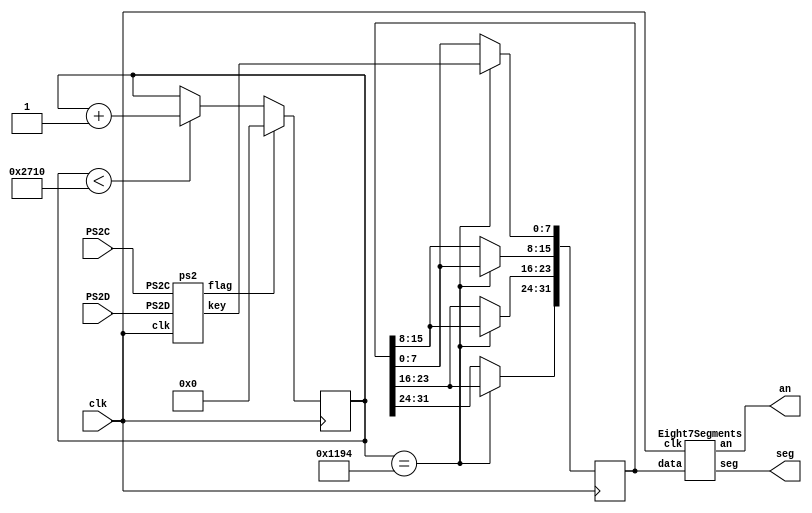
`timescale 1 ns/10 ps

module Keyboard(
	input  wire       clk,
	input  wire       PS2C,
	input  wire       PS2D,
	output wire [6:0] seg,
	output wire [7:0] an
);

  reg [31:0] data;
	reg [31:0] hold;

  wire [7:0] key;
	wire       flag;

  initial begin
    data <= 0;
		hold <= 0;
  end

  ps2 keyboard ( clk, PS2C, PS2D, flag, key );
  Eight7Segments e7s ( clk, data, seg, an );

  always @ ( posedge clk ) begin
		if ( flag ) begin
			hold <= 0;
		end else begin
			if ( hold < 10000 ) hold <= hold + 1;
		end
		if ( hold == 4500 ) begin
	    data [31:24] <= data [23:16];
	    data [23:16] <= data [15:8];
	    data [15: 8] <= data [7:0];
	    data [ 7: 0] <= key;
		end
  end

endmodule

module ps2 (
	input  wire       clk,
	input  wire       PS2C,
	input  wire       PS2D,
	output reg        flag,
	output reg  [7:0] key
);

	reg [ 3:0] counter;
	reg [ 7:0] data_curr;
	reg        error;
	reg        parity;
	reg        pre_clk;
	reg [11:0] ticks;

	initial begin
	  counter   = 4'h1;
	  data_curr = 8'hF0;
	  error     = 1'd0;
	  flag      = 1'b0;
	  key       = 8'hF0;
	  parity    = 1'b1;
	  pre_clk   = 1'b0;
	  ticks     = 12'd0;
	end

	// FSM
	always @ ( posedge clk ) begin
	  ticks = ticks + 12'd1;
	  if ( ticks >= 4000 ) begin
	    ticks = 12'd0;
	    if (( ~PS2C ) && pre_clk ) begin
	      case ( counter )
	         1:;
	         2: begin data_curr [0] <= PS2D; parity <= parity ^ PS2D; end
	         3: begin data_curr [1] <= PS2D; parity <= parity ^ PS2D; end
	         4: begin data_curr [2] <= PS2D; parity <= parity ^ PS2D; end
	         5: begin data_curr [3] <= PS2D; parity <= parity ^ PS2D; end
	         6: begin data_curr [4] <= PS2D; parity <= parity ^ PS2D; end
	         7: begin data_curr [5] <= PS2D; parity <= parity ^ PS2D; end
	         8: begin data_curr [6] <= PS2D; parity <= parity ^ PS2D; end
	         9: begin data_curr [7] <= PS2D; parity <= parity ^ PS2D; end
	        10: begin flag = 1'b1; if ( parity != PS2D ) error <= 1; end
	        11: if ( ~error ) flag = 1'b0;
	      endcase
	      if (( counter == 1 ) && ( ~PS2D )) begin
	        counter <= 4'd2;
	        parity <= 1;
	        error <= 0;
	      end else if (( counter >= 2 ) && ( counter < 11 ))
	        counter <= counter + 4'h1;
	      else
				counter <= 4'h1;
	    end
	    pre_clk <= PS2C;
	  end
	end

	always @ ( negedge flag ) begin
	  key <= data_curr;
	end

endmodule

module Eight7Segments(
	input  wire        clk,
	input  wire [31:0] data,
	output wire [ 6:0] seg,
	output reg  [ 7:0] an
);
	reg [ 3:0] display;
	reg [20:0] counter;

	HEXdecoder hd ( display, seg );

	always @ ( * ) begin
	  an = 255;
	  an [ counter [20:18] ] = 0;
	  case ( counter [20:18] )
	    0 : display = data [ 3: 0];
	    1 : display = data [ 7: 4];
			2 : display = data [11: 8];
			3 : display = data [15:12];
			4 : display = data [19:16];
			5 : display = data [23:20];
			6 : display = data [27:24];
			7 : display = data [31:28];
	  endcase
	end

	always @ ( posedge clk ) begin
	  counter <= counter + 21'd1;
	end

endmodule

module HEXdecoder(
	input  wire [3:0] data,
	output wire [6:0] segment
);
	wire [6:0] hex [15:0];

	assign segment = hex [ data ];

	assign hex [ 0] = 7'b1000000;
	assign hex [ 1] = 7'b1111001;
	assign hex [ 2] = 7'b0100100;
	assign hex [ 3] = 7'b0110000;
	assign hex [ 4] = 7'b0011001;
	assign hex [ 5] = 7'b0010010;
	assign hex [ 6] = 7'b0000010;
	assign hex [ 7] = 7'b1111000;
	assign hex [ 8] = 7'b0000000;
	assign hex [ 9] = 7'b0010000;
	assign hex [10] = 7'b0001000;
	assign hex [11] = 7'b0000011;
	assign hex [12] = 7'b1000110;
	assign hex [13] = 7'b0100001;
	assign hex [14] = 7'b0000110;
	assign hex [15] = 7'b0001110;

endmodule